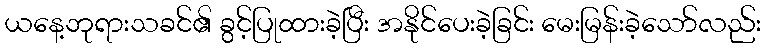
ယနေ့ဘုရားသခင်၏ ခွင့်ပြုထားခဲ့ပြီး အနိုင်ပေးခဲ့ခြင်း မေးမြန်းခဲ့သော်လည်း